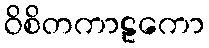
ဝိစိတကာဠကော